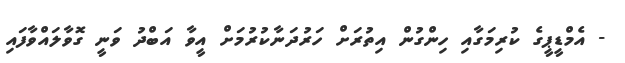
- އެމްޑީޕީގެ ކުރިމަގާއި ހިންގުން އިތުރަށް ހަރުދަނާކުރުމަށް އީވާ އަބްދު ވަނީ ގޮވާލައްވާފައި